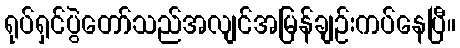
ရုပ်ရှင်ပွဲတော်သည်အလျင်အမြန်ချဉ်းကပ်နေပြီ။